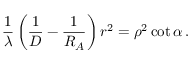
{ \frac { 1 } { \lambda } } \left( { \frac { 1 } { D } } - { \frac { 1 } { R _ { A } } } \right) r ^ { 2 } = \rho ^ { 2 } \cot \alpha \, .